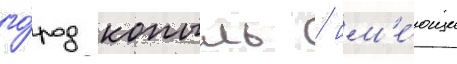
го́род копыль / им'е́ющие